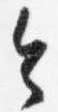
令